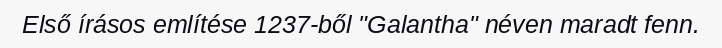
Első írásos említése 1237-ből "Galantha" néven maradt fenn.